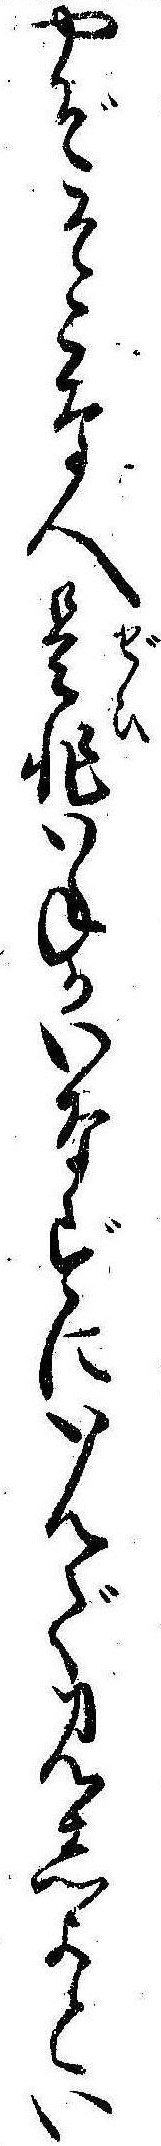
やぞそこな人是非いねかいなずにいんで見しよとい